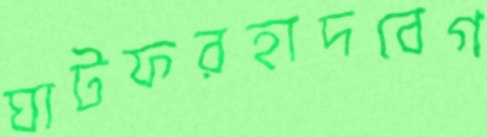
ঘাটফরহাদবেগ